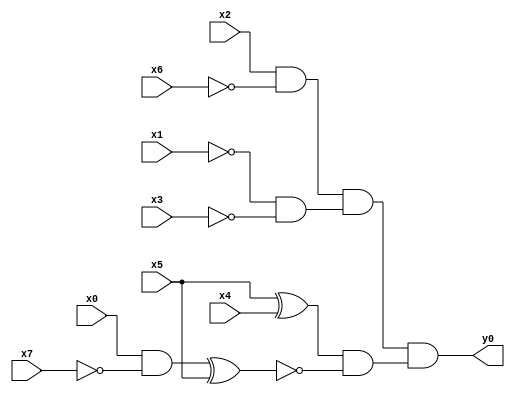
module top( x0 , x1 , x2 , x3 , x4 , x5 , x6 , x7 , y0 );
  input x0 , x1 , x2 , x3 , x4 , x5 , x6 , x7 ;
  output y0 ;
  wire n9 , n10 , n11 , n12 , n13 , n14 , n15 , n16 ;
  assign n9 = x2 & ~x6 ;
  assign n10 = ~x1 & ~x3 ;
  assign n11 = n9 & n10 ;
  assign n12 = x5 ^ x4 ;
  assign n13 = x0 & ~x7 ;
  assign n14 = n13 ^ x5 ;
  assign n15 = n12 & ~n14 ;
  assign n16 = n11 & n15 ;
  assign y0 = n16 ;
endmodule